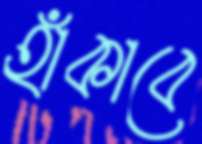
হাঁকাবে